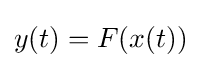
y(t)=F(x(t))